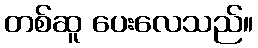
တစ်ဆူ ပေးလေသည်။